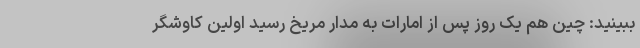
ببینید: چین هم یک روز پس از امارات به مدار مریخ رسید اولین کاوشگر